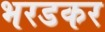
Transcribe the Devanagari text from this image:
भरडकर